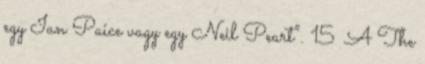
egy Ian Paice vagy egy Neil Peart”. 15 A The